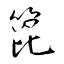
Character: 箆